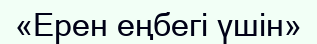
«Ерен еңбегі үшін»